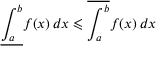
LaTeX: { \underline { { \int _ { a } ^ { b } } } } f ( x ) \, d x \leqslant { \overline { { \int _ { a } ^ { b } } } } f ( x ) \, d x